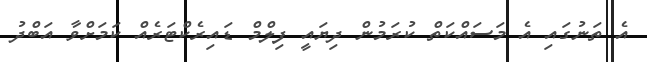
އެ ތަނުގައި އެ މަސައްކަތް ކުރަމުން ދިޔައީ ފިލްމް ޑައިރެކްޓަރެއް ކަމަށްވާ އަބްދު